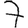
Digit: 7